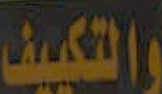
والتكييف